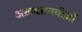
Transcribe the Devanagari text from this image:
अख़बारनवीज़ों